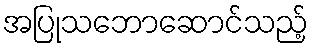
အပြုသဘောဆောင်သည့်